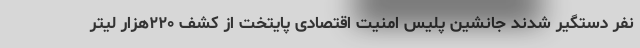
نفر دستگیر شدند جانشین پلیس امنیت اقتصادی پایتخت از کشف ۲۲۰هزار لیتر